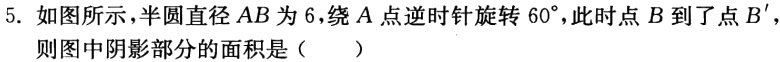
5. 如图所示，半圆直径\(AB\)为\(6\)，绕\(A\)点逆时针旋转\(60^{\circ}\)，此时点\(B\)到了点\(B'\)，则图中阴影部分的面积是（  ）